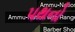
પથનો